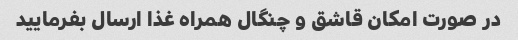
در صورت امکان قاشق و چنگال همراه غذا ارسال بفرمایید